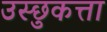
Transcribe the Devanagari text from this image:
उस्छुकत्ता